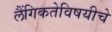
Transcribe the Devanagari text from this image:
लैंगिकतेविषयीचे